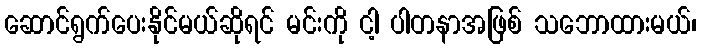
ဆောင်ရွက်ပေးနိုင်မယ်ဆိုရင် မင်းကို ငါ့ ပါတနာအဖြစ် သဘောထားမယ်၊